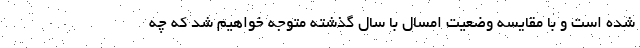
شده است و با مقایسه وضعیت امسال با سال گذشته متوجه خواهیم شد که چه